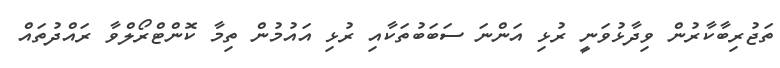
ތަޖުރިބާކާރުން ވިދާޅުވަނީ ރުޅި އަންނަ ސަބަބުތަކާއި ރުޅި އައުމުން ތިމާ ކޮންޓްރޯލްވާ ރައްދުތައް